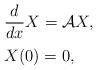
LaTeX: \begin{align*}\begin{array}{l}\displaystyle\frac{d}{dx}X={\cal A}X,\\ \noalign{\medskip}X(0)=0,\end{array}\end{align*}